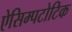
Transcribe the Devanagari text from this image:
ऐसिम्पटोटिक